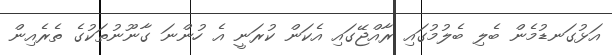
އަޅުގަނޑުމެން ބެލި ބެލުމުގައި ރާއްޖޭގައި އެކަން ކުރަނީ އެ ހުންނަ ގާނޫނުތަކުގެ ތެރެއިން